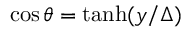
\cos \theta = \operatorname { t a n h } ( y / \Delta )